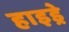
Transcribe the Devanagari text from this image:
हाइड्रे